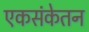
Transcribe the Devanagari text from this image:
एकसंकेतन